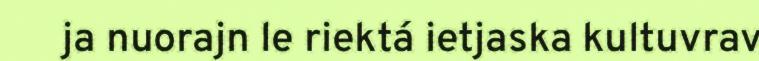
ja nuorajn le riektá ietjaska kultuvrav